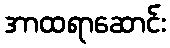
အာထရာဆောင်း